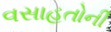
વસાહતોની